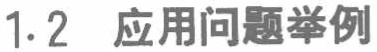
1.2 应用问题举例